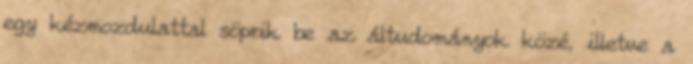
egy kézmozdulattal söprik be az áltudományok közé, illetve a